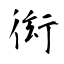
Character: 衒